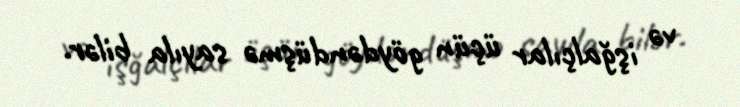
və işğalçılar üçün göydəndüşmə sayıla bilər.